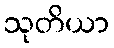
သုတိယာ